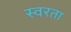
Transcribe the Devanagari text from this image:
स्वरता